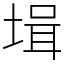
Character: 𡎎